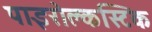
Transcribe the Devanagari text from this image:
पाइरोक्लस्टिक